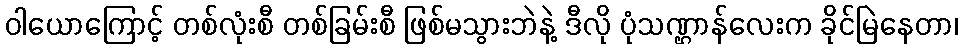
ဝါယောကြောင့် တစ်လုံးစီ တစ်ခြမ်းစီ ဖြစ်မသွားဘဲနဲ့ ဒီလို ပုံသဏ္ဌာန်လေးက ခိုင်မြဲနေတာ၊